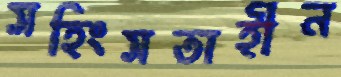
সহিংসতাহীন